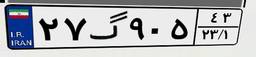
۲۷گ۹۰۵۴۳